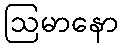
ဩမာနော